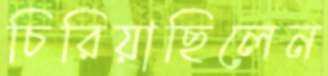
চিরিয়াছিলেন